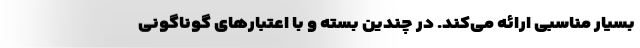
بسیار مناسبی ارائه می‌کند. در چندین بسته و با اعتبار‌های گوناگونی